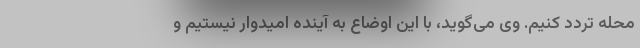
محله تردد کنیم. وی می‌گوید، با این اوضاع به آینده امیدوار نیستیم و